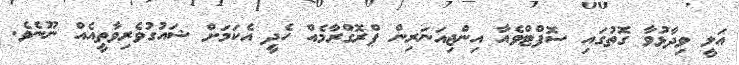
އަލީ ވިދާޅުވާ ގޮތުގައި ސޮފްޓްވެއާ އިންޖިއަނަރިން ޕްރޮގްރާމެއް ހެދީ އެކަމަށް ޝައުގުވެރިވާތީއެއް ނޫނެވެ.